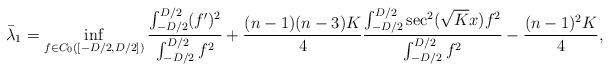
LaTeX: \begin{align*}\bar{\lambda}_1 = \inf_{f \in C_0([-D/2,D/2])}\frac{\int_{-D/2}^{D/2}(f')^2}{\int_{-D/2}^{D/2}f^2}+\frac{(n-1)(n-3)K}{4}\frac{\int_{-D/2}^{D/2}\sec^2(\sqrt{K}x)f^2}{\int_{-D/2}^{D/2}f^2}-\frac{(n-1)^2K}{4},\end{align*}